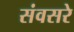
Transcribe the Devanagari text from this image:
संवसरे